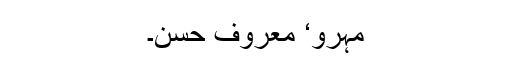
مہرو‘ معروف حسن۔